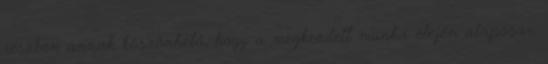
részben annak köszönhető, hogy a megkezdett munka elején alaposan